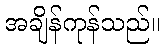
အချိန်ကုန်သည်။